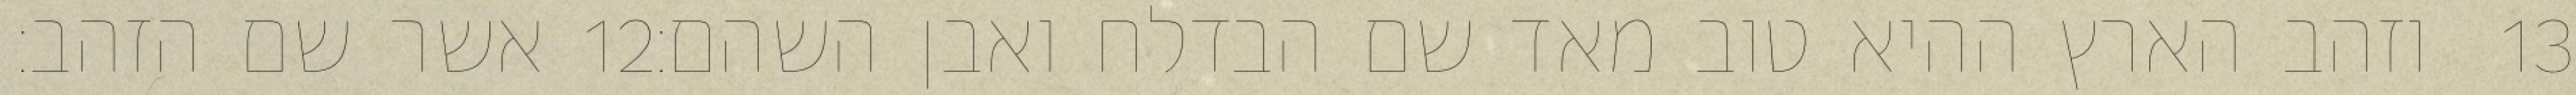
אשר שם הזהב׃ ‎12‏ וזהב הארץ ההיא טוב מאד שם הבדלח ואבן השהם׃ ‎13‏